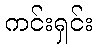
ကင်းရှင်း